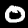
Label: 0